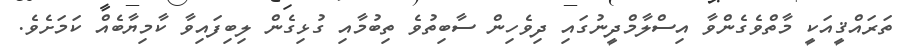
ތަރައްޤީއަކީ މާތްވެގެންވާ އިސްލާމްދީނުގައި ދިވެހިން ސާބިތުވެ ތިބުމާއި ގުޅިގެން ލިބިފައިވާ ކާމިޔާބެއް ކަމަށެވެ.